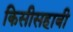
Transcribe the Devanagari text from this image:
किसीसहाबी